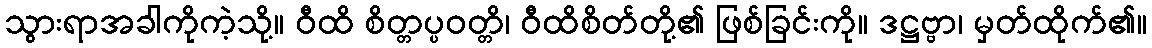
သွားရာအခါကိုကဲ့သို့။ ဝီထိ စိတ္တပ္ပဝတ္တိ၊ ဝီထိစိတ်တို့၏ ဖြစ်ခြင်းကို။ ဒဋ္ဌဗ္ဗာ၊ မှတ်ထိုက်၏။